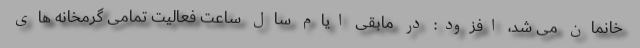
خانمان می شد، افزود: در مابقی ایام سال ساعت فعالیت تمامی گرمخانه های